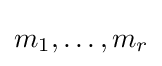
m_{1},\ldots ,m_{r}